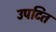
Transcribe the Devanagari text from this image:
उपटित